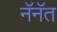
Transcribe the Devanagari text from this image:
नॅनॅत